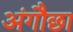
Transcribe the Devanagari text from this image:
अंगौछा